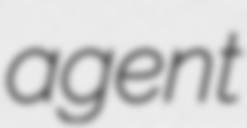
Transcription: agent